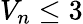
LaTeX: V_{n}\leq 3